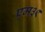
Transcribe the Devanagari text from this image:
एम३९